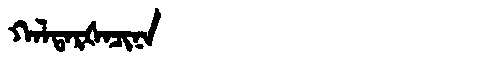
Manchu: ᡴᠠᠯᡨᠠᡵᡧᠠᠴᡳᠨᠠ
Romanization: KALTARŠACINA